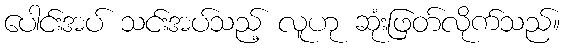
ပေါင်းအပ် သင်းအပ်သည့် လူဟု ဆုံးဖြတ်လိုက်သည်။